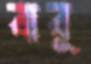
বাবু